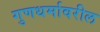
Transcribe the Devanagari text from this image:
गुणधर्मावरील